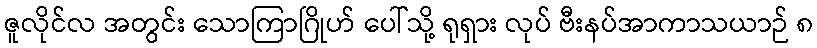
ဇူလိုင်လ အတွင်း သောကြာဂြိုဟ် ပေါ်သို့ ရုရှား လုပ် ဗီးနပ်အာကာသယာဉ် ၈